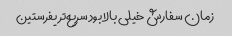
زمان سفارش خیلی بالا بود سریع‌تر یفرستین